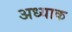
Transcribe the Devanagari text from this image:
अध्याक